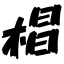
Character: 椙